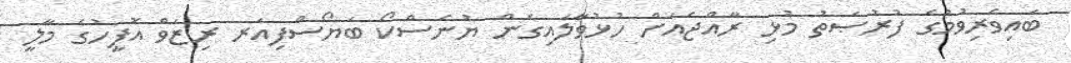
ބައިވެރިވުމުގެ ފުރުޞަތު މުޅި ރާއްޖެއަށް ހުޅުވާލައިގެން ޔުނެސްކޯ ބަޔޯސްފިއަރ ރިޒަވް އޮފީހުގެ މާލީ